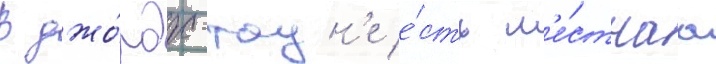
В джо́рдж-таун'е е́сть м'е́стнаа